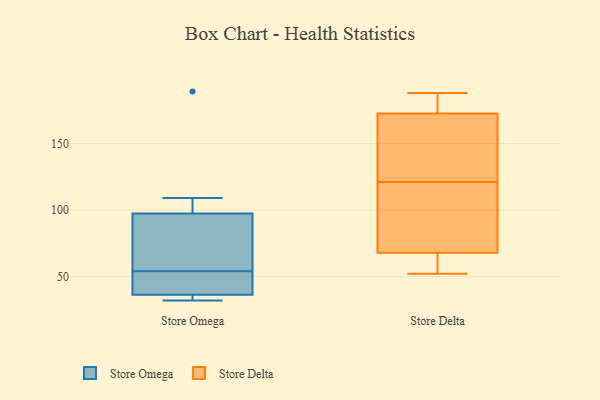
{"axis": {"x": "Customer Acquisition Cost (USD)", "y": "Value"}, "legend": ["Store Delta", "Store Omega"], "data": [{"x": "", "y": 43, "type": "Store Omega"}, {"x": "", "y": 32, "type": "Store Omega"}, {"x": "", "y": 100, "type": "Store Omega"}, {"x": "", "y": 70, "type": "Store Omega"}, {"x": "", "y": 189, "type": "Store Omega"}, {"x": "", "y": 34, "type": "Store Omega"}, {"x": "", "y": 89, "type": "Store Omega"}, {"x": "", "y": 54, "type": "Store Omega"}, {"x": "", "y": 109, "type": "Store Omega"}, {"x": "", "y": 44, "type": "Store Omega"}, {"x": "", "y": 34, "type": "Store Omega"}, {"x": "", "y": 55, "type": "Store Delta"}, {"x": "", "y": 102, "type": "Store Delta"}, {"x": "", "y": 182, "type": "Store Delta"}, {"x": "", "y": 121, "type": "Store Delta"}, {"x": "", "y": 150, "type": "Store Delta"}, {"x": "", "y": 52, "type": "Store Delta"}, {"x": "", "y": 62, "type": "Store Delta"}, {"x": "", "y": 177, "type": "Store Delta"}, {"x": "", "y": 187, "type": "Store Delta"}, {"x": "", "y": 54, "type": "Store Delta"}, {"x": "", "y": 188, "type": "Store Delta"}, {"x": "", "y": 85, "type": "Store Delta"}, {"x": "", "y": 159, "type": "Store Delta"}, {"x": "", "y": 149, "type": "Store Delta"}, {"x": "", "y": 101, "type": "Store Delta"}]}